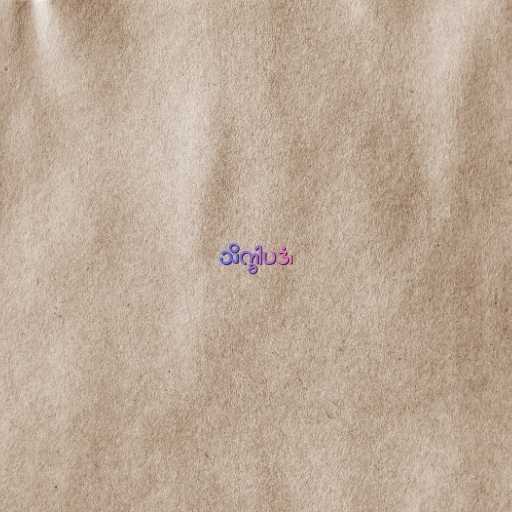
သိက္ခါပဒံ၊